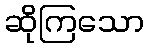
ဆိုကြသော